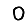
Digit: 0